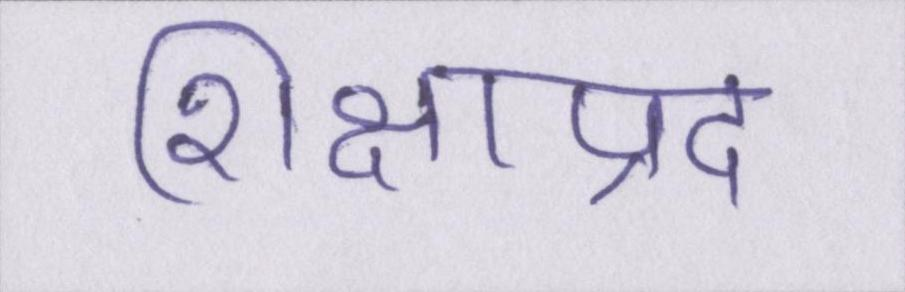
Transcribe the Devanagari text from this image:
शिक्षाप्रद